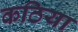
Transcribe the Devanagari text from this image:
कठिया